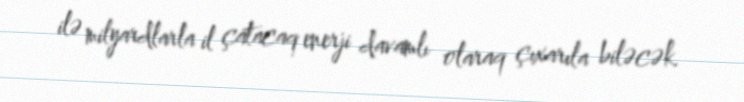
ilə milyardlarla il çatacaq enerji davamlı olaraq çıxarıla biləcək.